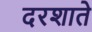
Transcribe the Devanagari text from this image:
दरशाते